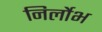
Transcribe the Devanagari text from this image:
निर्लोभ